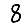
Digit: 8